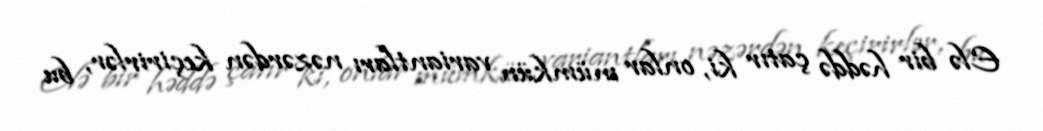
Elə bir həddə çatır ki, onlar mümkün variantları nəzərdən keçirirlər, bu